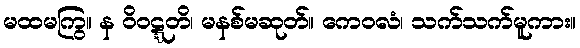
မထမကြွ။ န ဝိဝဋ္ဋတိ၊ မနစ်မဆုတ်။ ကေဝလံ၊ သက်သက်မူကား။